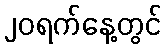
၂၀ရက်နေ့တွင်